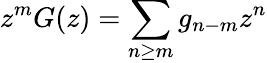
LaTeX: z^{m}G(z)=\sum_{n\geq m}g_{n-m}z^{n}